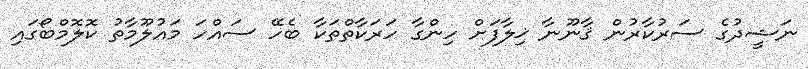
ނަޝީދުގެ ސަރުކާރުން ޤާނޫނާ ޚިލާފަށް ހިންގާ ހަރަކާތްތަކާ ބެހޭ ސައްހަ މައުލޫމާތު ކޮލޮމްބޯގައި